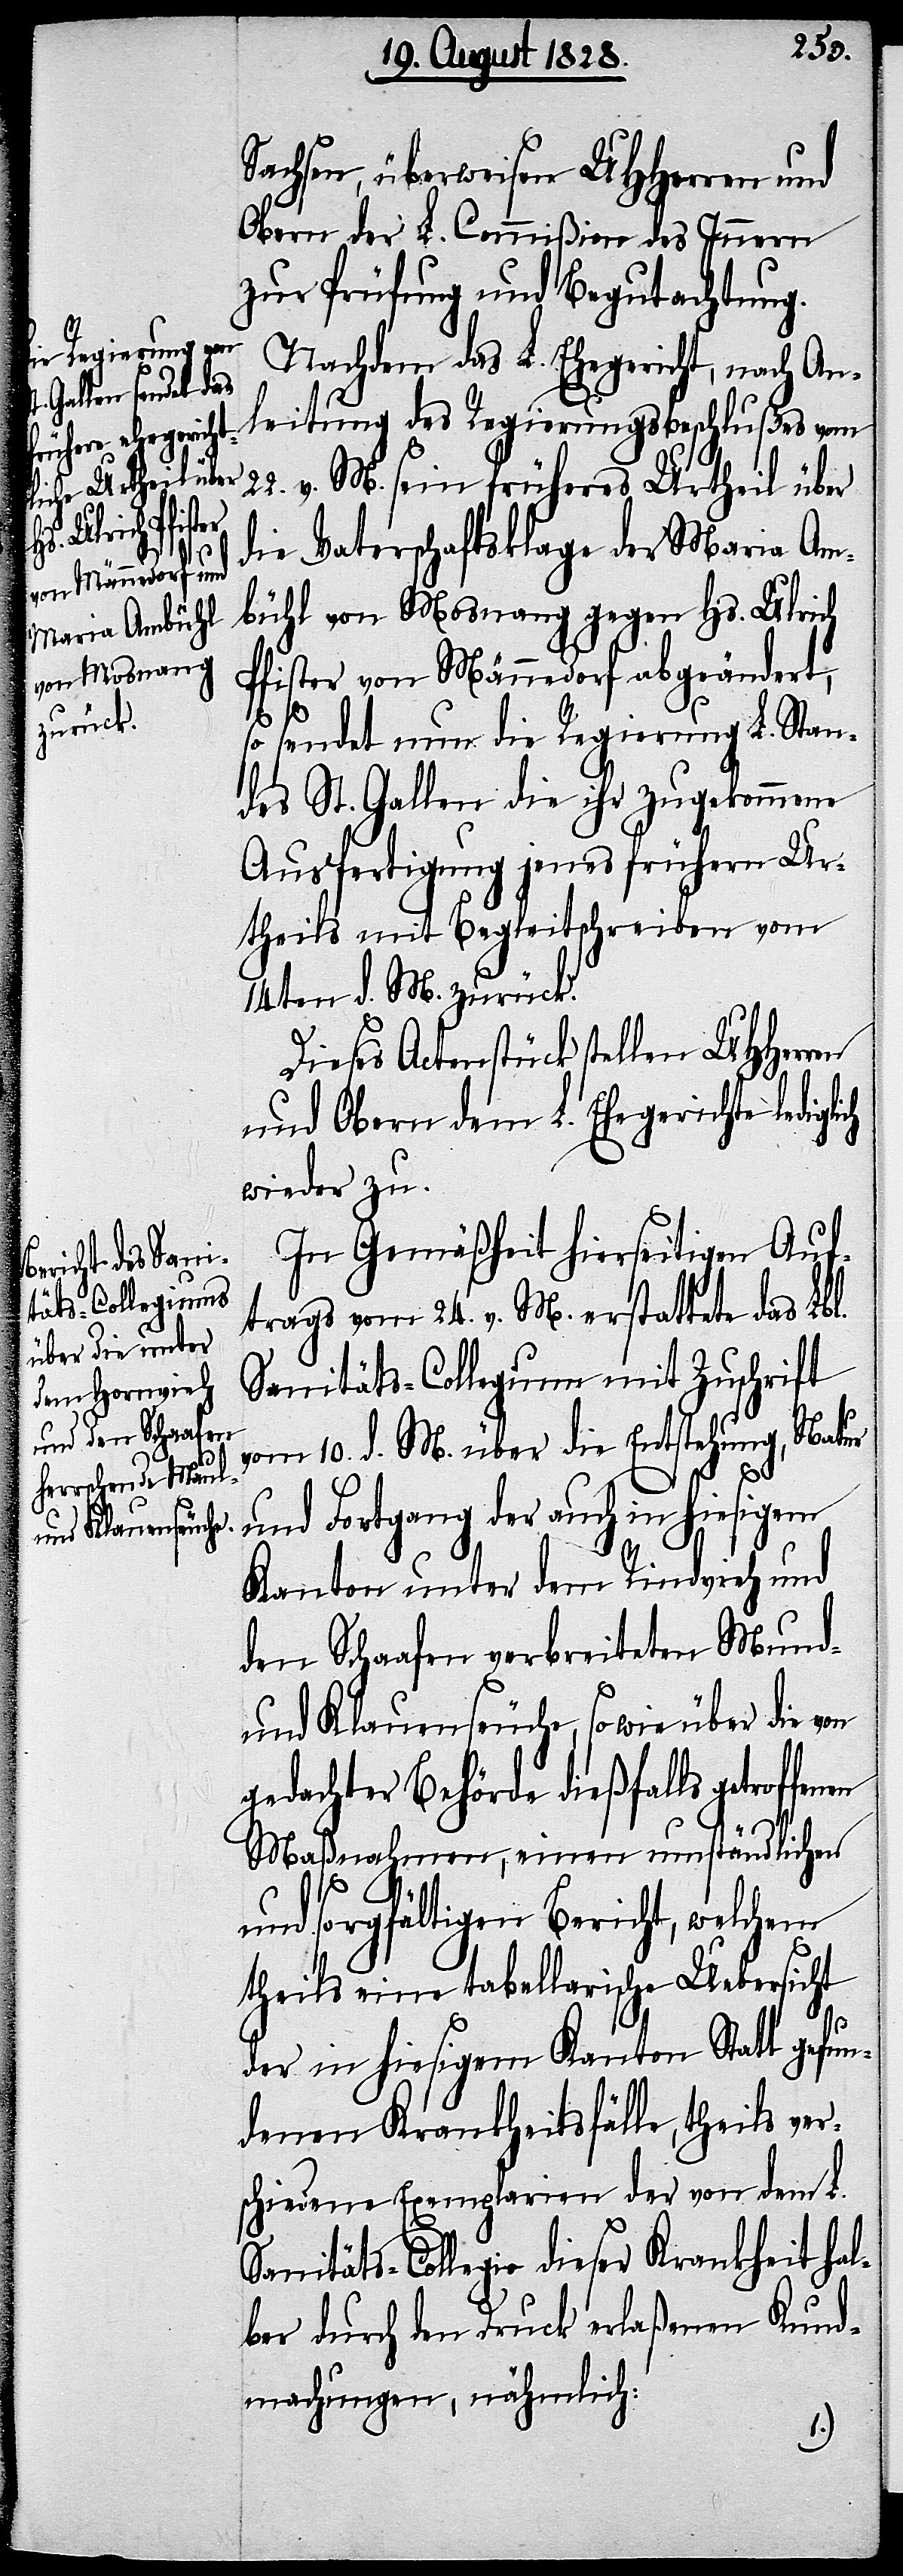
troffenen

22.
Sachsen, überweisen UHHerren und
Obern der L. Commißion des Innern
zur Prüfung und Begutachtung.
Nachdem das L. Ehegericht, nach An¬
leitung des Regierungsbeschlußes vom
v. M. sein früheres Urtheil über
die Vaterschaftsklage der Maria Am¬
bühl von Mosnang gegen Hs. Ulrich
Pfister von Männedorf abgeändert,
so sendet nun die Regierung L. Stan¬
des St. Gallen die ihr zugekommene
Ausfertigung jenes frühern Ur¬
theils mit Begleitschreiben vom
14ten d. M. zurück.
Dieses Actenstück stellen UHHerren
und Obern dem L. Ehegerichte ledigli¬
wieder zu.
In Gemäßheit hierseitigen Auf¬
trags vom 24. v. M. erstattete das Lbl.
Sanitäts-Collegium mit Zuschrift
vom 10. d. M. über die Entstehung, Natur
und Fortgang der auch in hiesigem
Kanton unter dem Rindvieh und
den Schaafen verbreiteten Mund-
und Klauenseuche, so wie über die von
gedachter Behörde dießfalls ge¬
Maßnahmen, einen umständlichen
und sorgfältigen Bericht, welchem
theils eine tabellarische Uebersicht
der in hiesigem Kanton Statt gefun¬
denen Krankheitsfälle, theils ver¬
schiedene Exemplarien der von dem L.
Sanitäts-Collegio dieser Krankheit hal¬
ber durch den Druck erlaßenen Kund¬
machungen, nähmlich:
ch